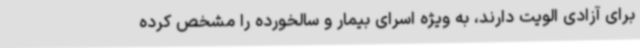
برای آزادی الویت دارند، به ویژه اسرای بیمار و سالخورده را مشخص کرده